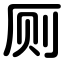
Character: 厕